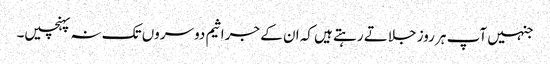
جنہیں آپ ہر روز جلاتے رہتے ہیں کہ ان کے جراثیم دوسروں تک نہ پہنچیں۔